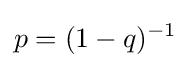
p=(1-q)^{-1}